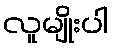
လူမျိုးပါ